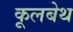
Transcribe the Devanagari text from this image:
कूलबेथ